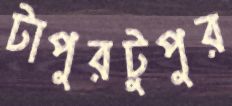
টাপুরটুপুর